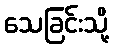
သေခြင်းသို့